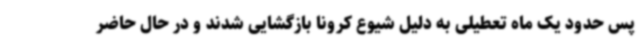
پس حدود یک ماه تعطیلی به دلیل شیوع کرونا بازگشایی شدند و در حال حاضر